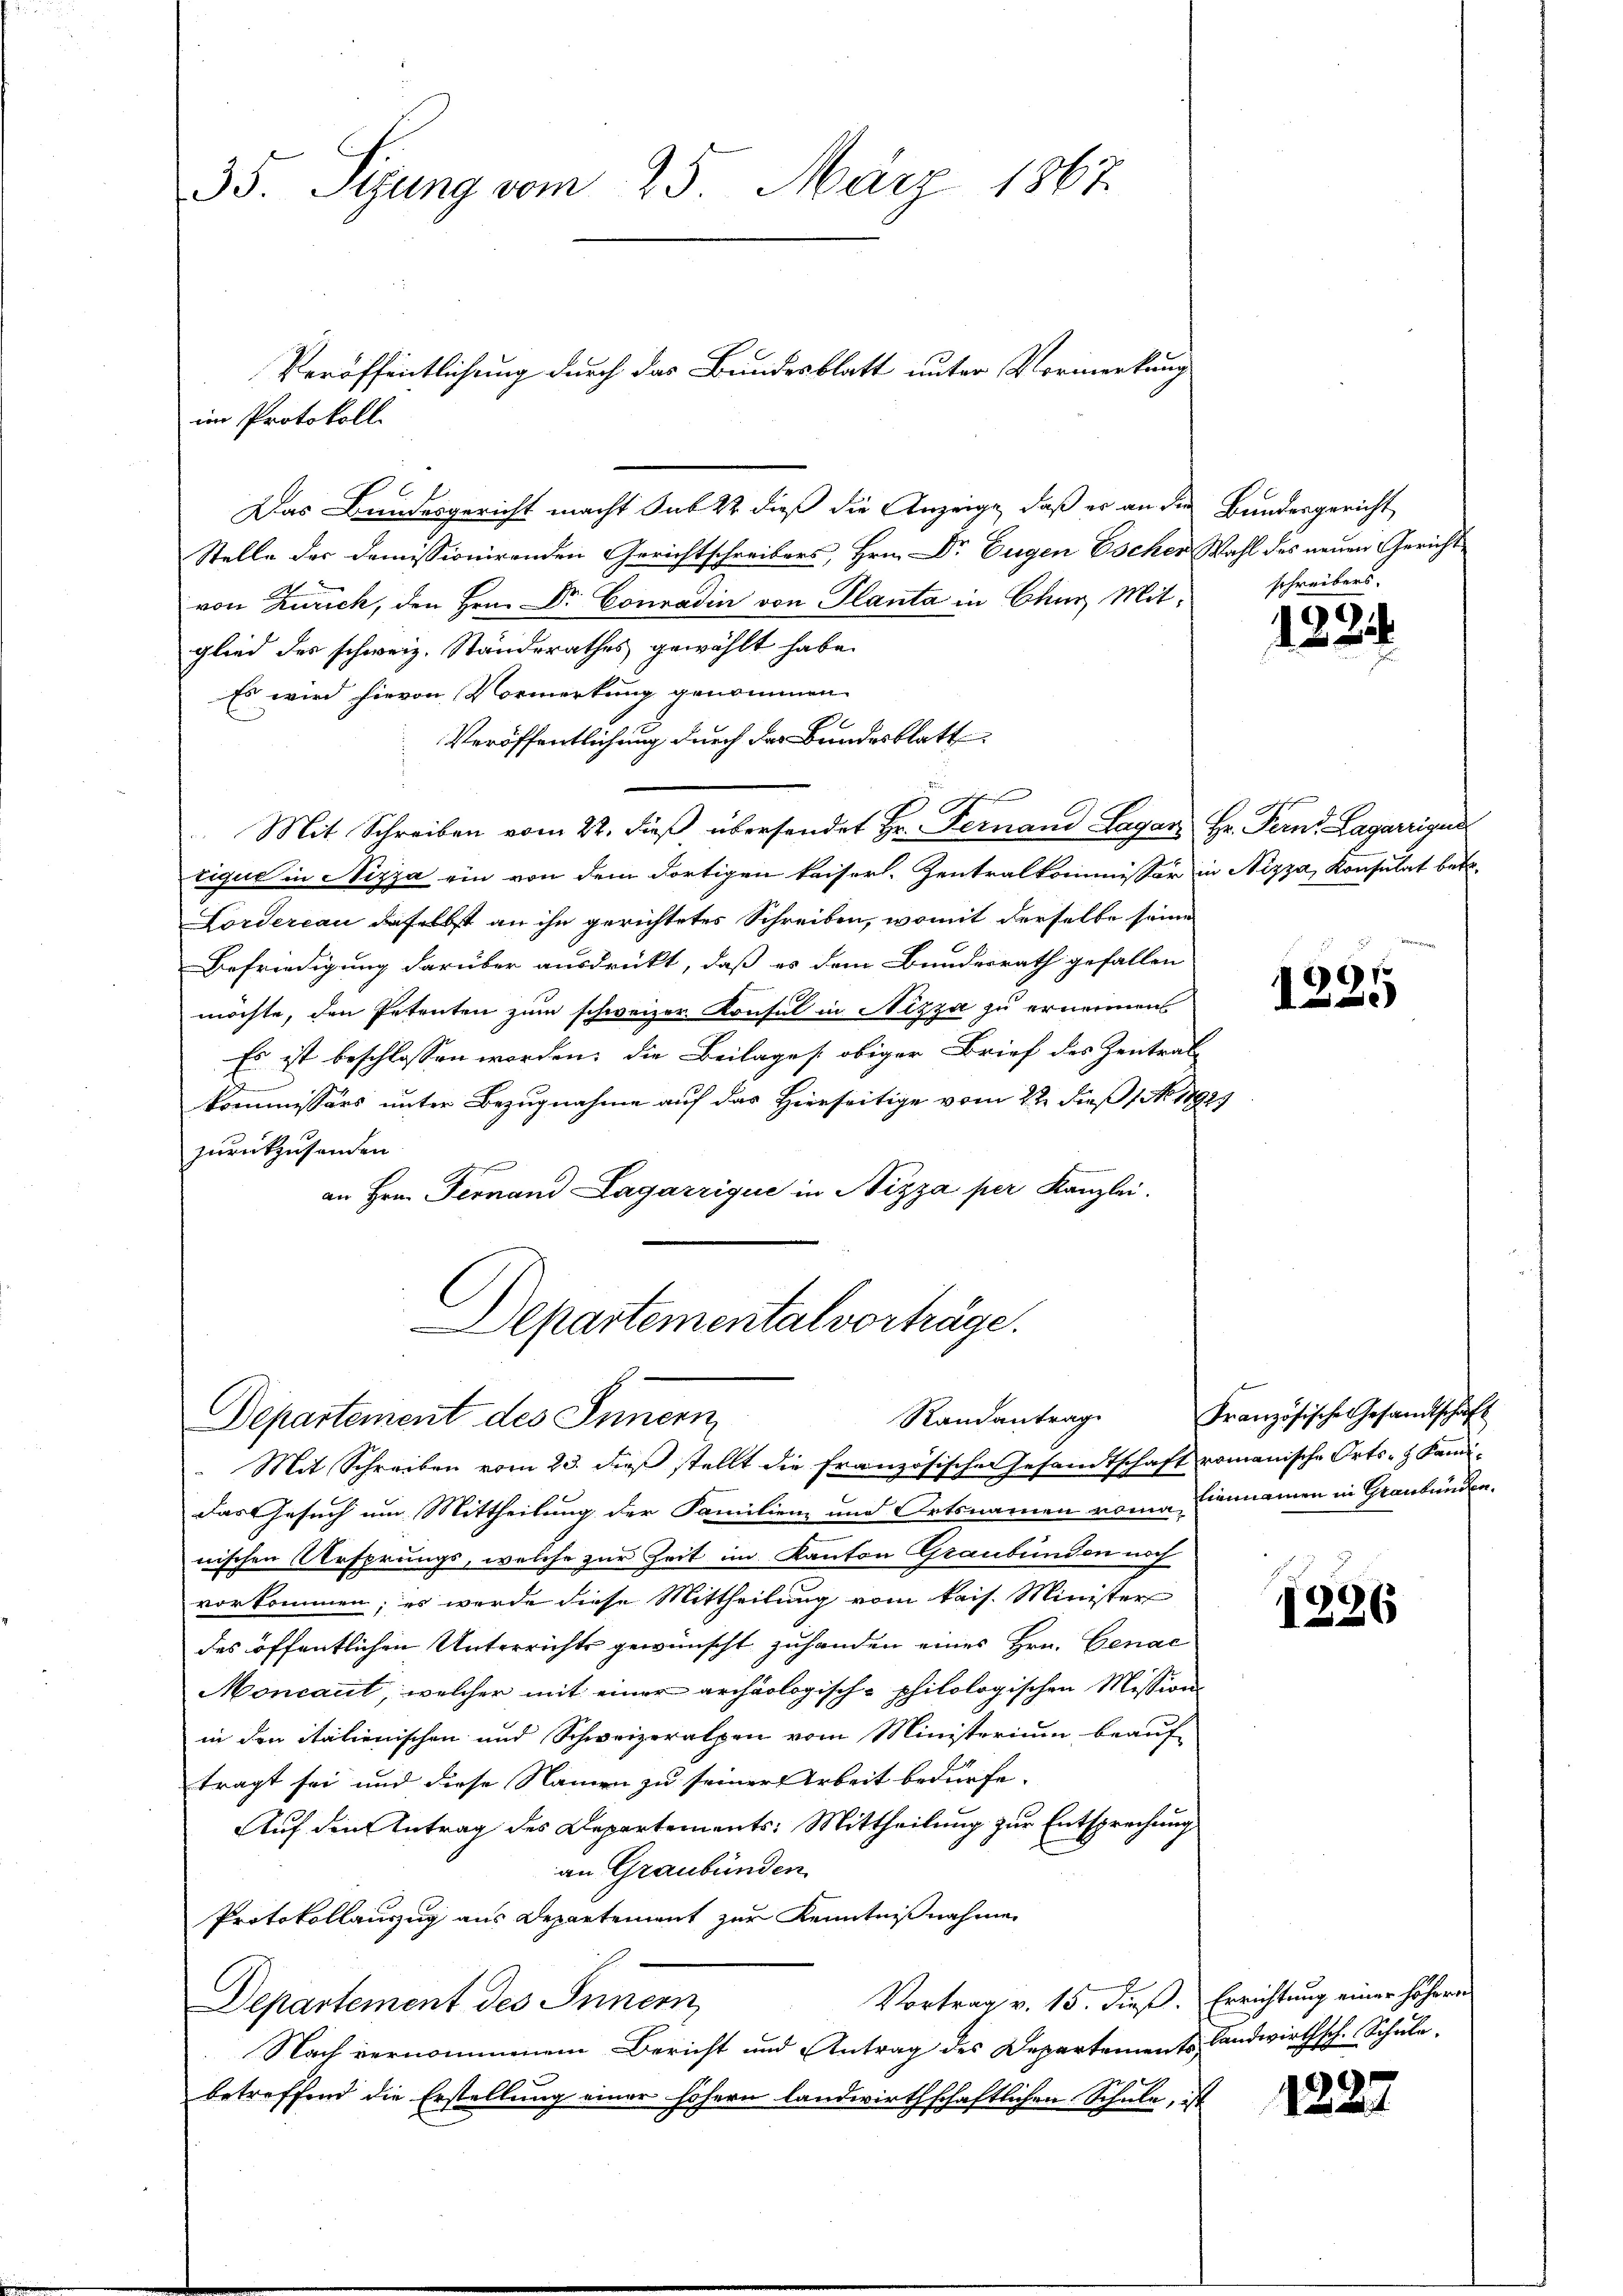
35. Sizung vom 25. März 1867

Veröffentlichung durch das Bundesblatt unter Vormerkung
1
Das Bundesgericht macht Sub 22 dieß die Anzeige, daß er an die Bundesgericht
Stelle der Domissionirenden Gerichtschreibers, Hrn. Dr Eugen Escher Wahl des neuen Gericht
von Zürich, den Hrn. Dr. Conradin von Planta in Chur Mitglied des schweiz. Standerathes gewählt habe.
Es wird hievon Vormerkung genommen
Veröffentlichung durch der Bundesblatt
h
Mit Schreiben vom 22. dieß übersendet Hr. Fernand Lager Hr. Fern. Lagarzigun
tique in Nizza ein von dem dortigen kaiserl. Zentralkommissor in Nizza, Konsulat betr.
Lordercan daselbst an ihn gerichtetes Schreiben, womit derselbe seine
Befriedigung darüber ausdrückt, daß es dem Bundesrath gefallen
möchte, den Petenten zum schweizer Konsul in Nizza zu ernennen
Es ist beschlossen worden, die Beilages obiger Brief des Zentrat
kommissärs unter Bezugnahme auf das Hierseitige vom 22. dieß No. 1892.
zurückzusenden.
n
an Hrn. Fernand Lagarrique in Nizza per Kanzlei.

im Protokoll.

Departemental vorträge.
Randantrag
Departement des Innern

Mit Schreiben vom 23. dieß stellt die französischen Gesandtschaft romanische Orts- & Kandi¬
Das Gesuch um Mittheilung der Familien und Ortsnamen roma Einmannen in Graubünden.
nischen Ursprungs, welche zur Zeit im Kanton Graubünden noch
vorkommen; es werde diese Mittheilung vom kais. Minister
des öffentlichen Unterrichts gewünscht zuhanden eines Hrn. Genac
Moncaut, welcher mit einer archäologisch-philologischen Mission
in den italienischen und Schweizeralpen vom Ministerium beauf-
tragt sei und diese Namen zu seiner Arbeit bedürfe.
Auf den Antrag des Departements: Mittheilung zur Entsprechung
an Graubünden
Protokollauszug aus Departement zur Kenntnißnahme
Vortrag v. 15. dieß. Errichtung einer höheren
Departement des Inner
Nach vernommenem Bericht und Antrag des Departements Landwirthsch. Schule,
betreffend die Erstellung einer höhern landwirthschaftlichen Schule, ist

schreibers.

1224

1231

Französische Gesandtschäft

1236

1227